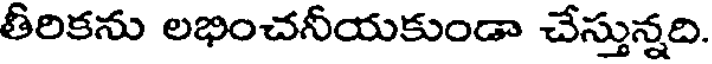
తీరికను లభించనీయకుండా చేస్తున్నది.